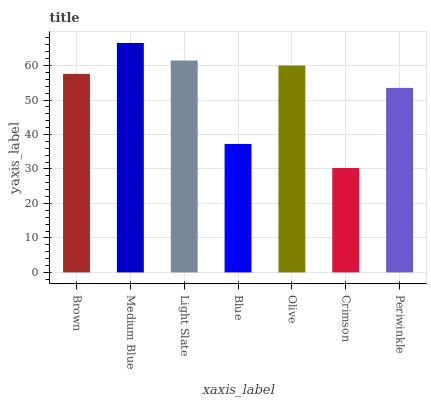
| xaxis_label | bars |
 | --- | --- |
 | Brown | 57.6 |
 | Medium Blue | 66.6 |
 | Light Slate | 61.5 |
 | Blue | 37.3 |
 | Olive | 60 |
 | Crimson | 30.3 |
 | Periwinkle | 53.5 |